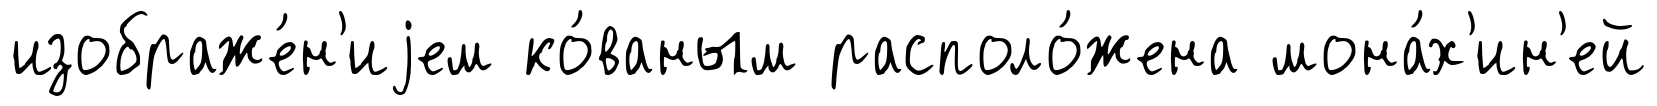
изображе́н'иjем ко́ваным располо́жена мона́х'ин'ей